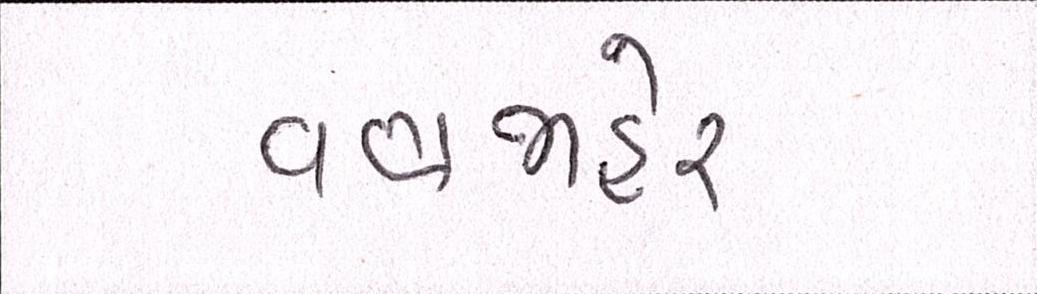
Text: વણજાહેર